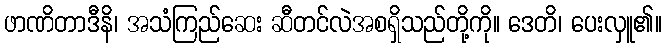
ဖာဏိတာဒီနိ၊ အသံကြည်ဆေး ဆီတင်လဲအစရှိသည်တို့ကို။ ဒေတိ၊ ပေးလှူ၏။